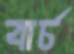
বার্চ